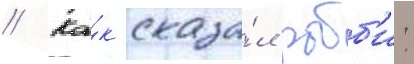
// Ка́к сказа́л робб'и: